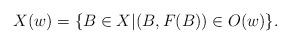
LaTeX: \begin{align*}X(w)=\{B\in X|(B,F(B))\in O(w)\}.\end{align*}